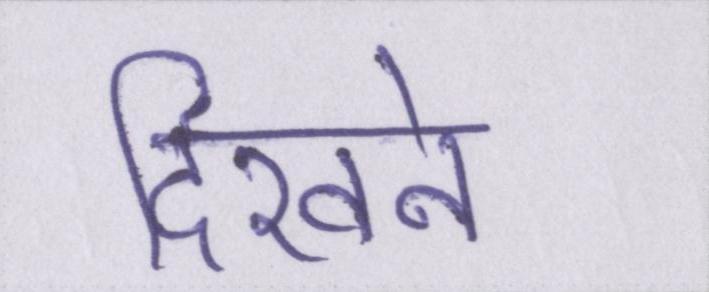
दिखने